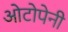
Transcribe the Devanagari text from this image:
ओटोपेनी